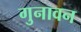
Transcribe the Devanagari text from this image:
गुनावन